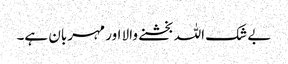
بے شک اللہ بخشنے والا اور مہربان ہے۔